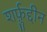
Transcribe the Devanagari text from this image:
शर्फ़ुद्दीन